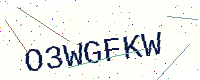
Text: O3WGFKW